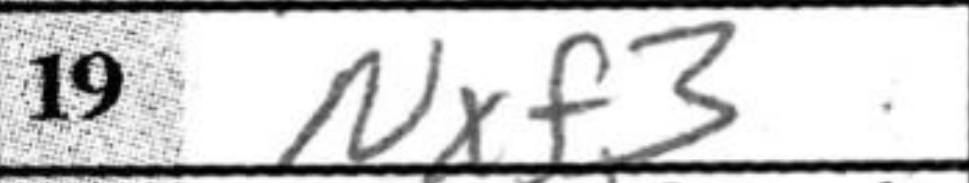
Transcription: Nxf3